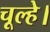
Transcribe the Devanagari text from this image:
चूल्हे।